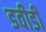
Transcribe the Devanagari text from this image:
डवीडी